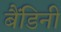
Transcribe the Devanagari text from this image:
बैंडिनी